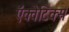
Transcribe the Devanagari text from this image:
ऍक्वेटिक्स